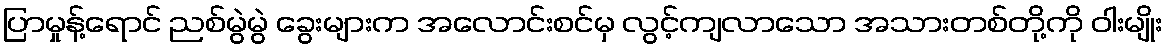
ပြာမှုန့်ရောင် ညစ်မွဲမွဲ ခွေးများက အလောင်းစင်မှ လွင့်ကျလာသော အသားတစ်တို့ကို ဝါးမျိုး